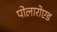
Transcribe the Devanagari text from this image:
पोलारोएड